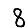
Digit: 8